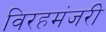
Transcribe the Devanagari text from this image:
विरहमंजरी